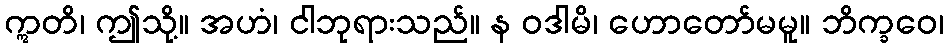
ဣတိ၊ ဤသို့။ အဟံ၊ ငါဘုရားသည်။ န ဝဒါမိ၊ ဟောတော်မမူ။ ဘိက္ခဝေ၊